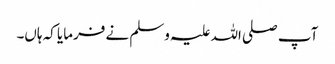
آپ صلی اللہ علیہ وسلم نے فرمایا کہ ہاں۔